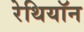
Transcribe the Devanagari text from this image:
रेथियॉन